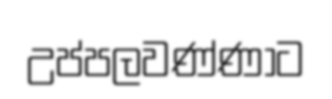
උප්පලවණ්ණාට